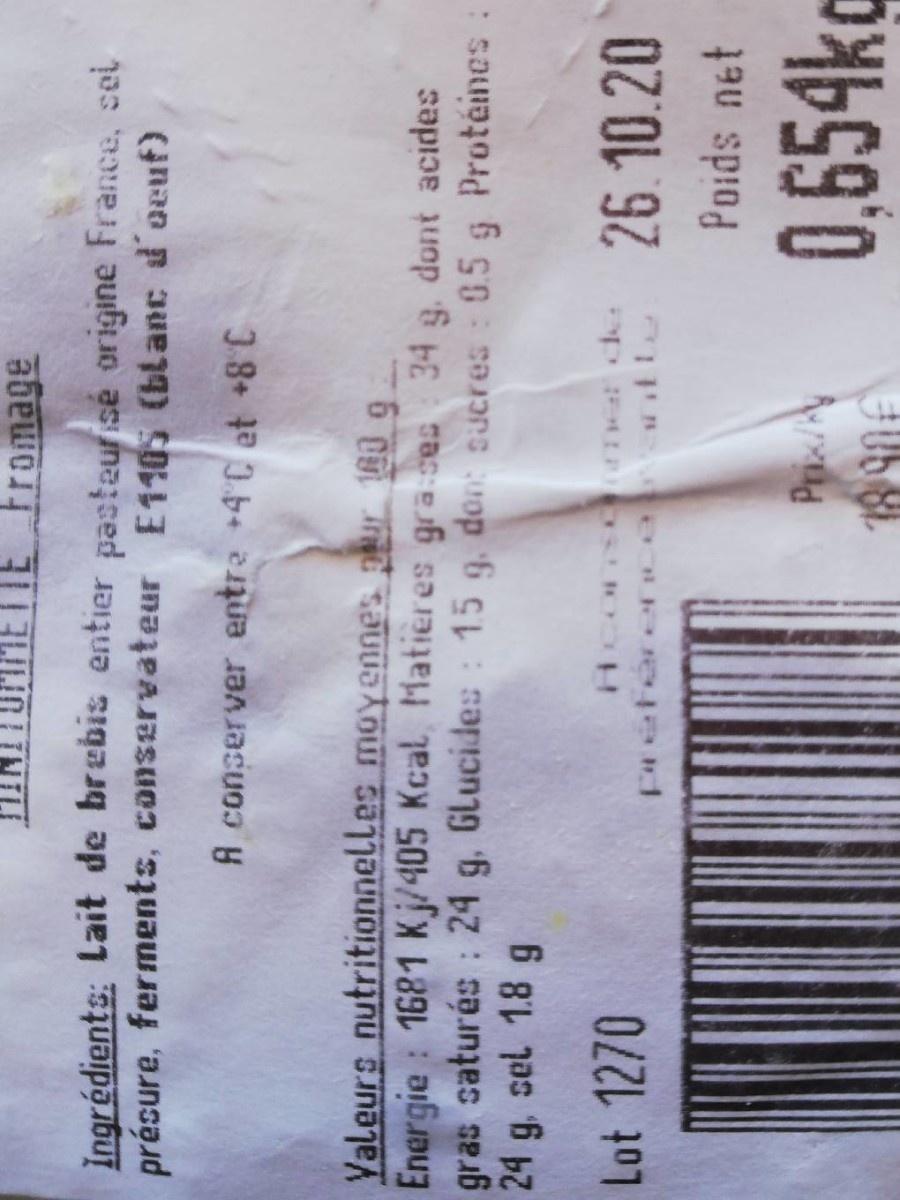
PMETTE Fromage
Ingrédients: Lait de brebis entier pasteurisé origine France, cel présure, ferments, conservateur E110S (blanc d'oeuf)
A conserver entre +4 C et +8 C
Valeurs nutritionnelles moyennes pur 180 g Energie : 1681 Kj/405 Kcal Matières graces 34 g, dont acides gras saturés : 24 g, Glucides : 15 g. don sucres : 0.5 24 g, sel 1.8 g
5 g
Protéines:
Lot 1270
26.10.20
DZ OL 97
Poids net
0,654kg